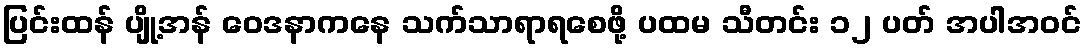
ပြင်းထန် ပျို့အန် ဝေဒနာကနေ သက်သာရာရစေဖို့ ပထမ သီတင်း ၁၂ ပတ် အပါအဝင်